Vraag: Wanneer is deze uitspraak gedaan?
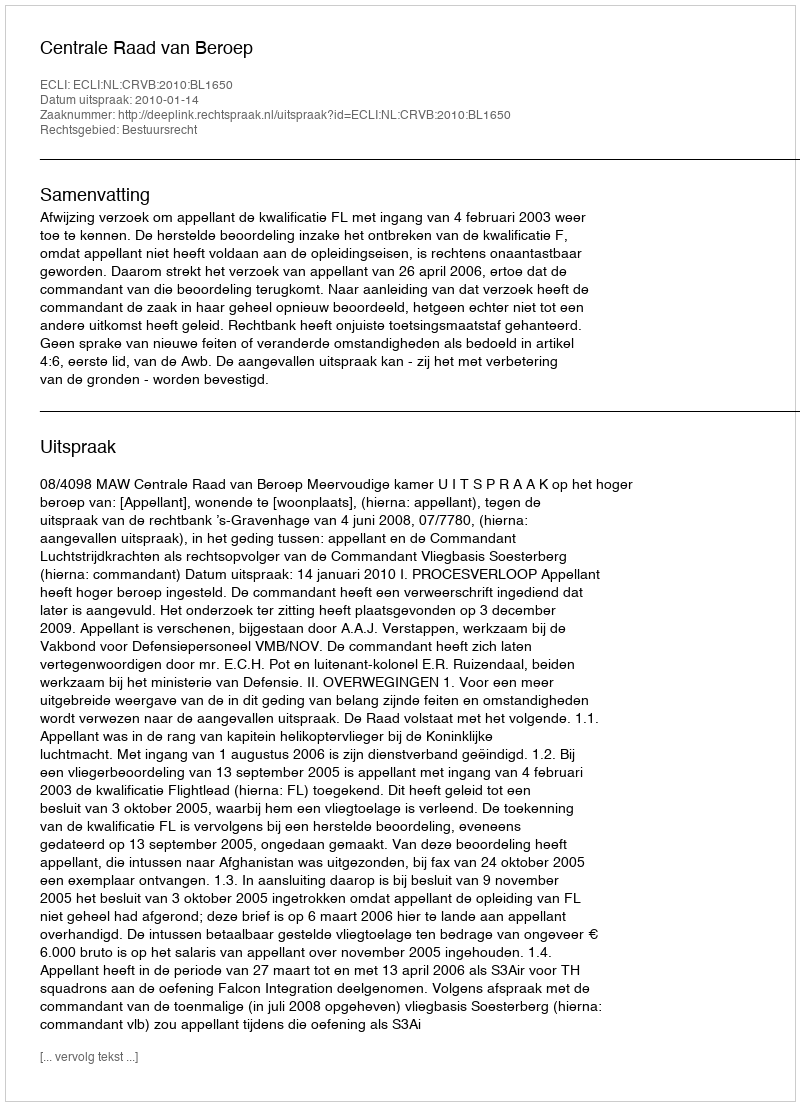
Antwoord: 2010-01-14